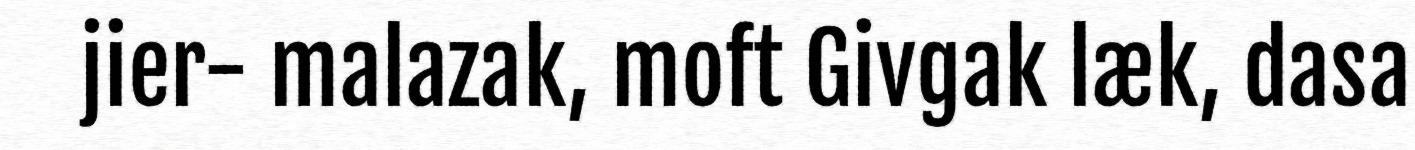
jier- malazak, moft Givgak læk, dasa